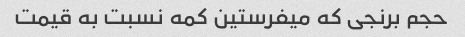
حجم برنجی که میفرستین کمه نسبت به قیمت